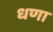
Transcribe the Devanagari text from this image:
धणा